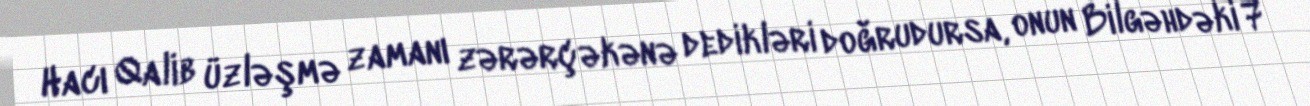
Hacı Qalib üzləşmə zamanı zərərçəkənə dedikləri doğrudursa, onun Bilgəhdəki 7